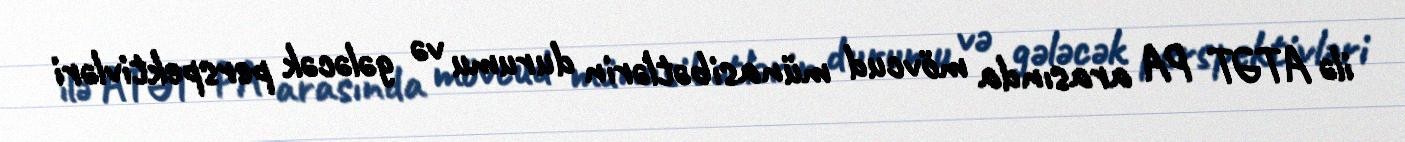
ilə ATƏT PA arasında mövcud münasibətlərin durumu və gələcək perspektivləri